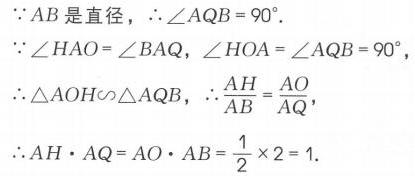
\begin{align*}
&\because AB\text{ 是直径，}\therefore\angle AQB = 90^{\circ}.\\
&\because\angle HAO=\angle BAQ,\angle HOA=\angle AQB = 90^{\circ},\\
&\therefore\triangle AOH\sim\triangle AQB,\therefore\frac{AH}{AB}=\frac{AO}{AQ},\\
&\therefore AH\cdot AQ = AO\cdot AB=\frac{1}{2}\times2 = 1.
\end{align*}